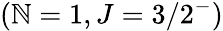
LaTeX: (\mathbb{N}=1,J=3/2^{-})